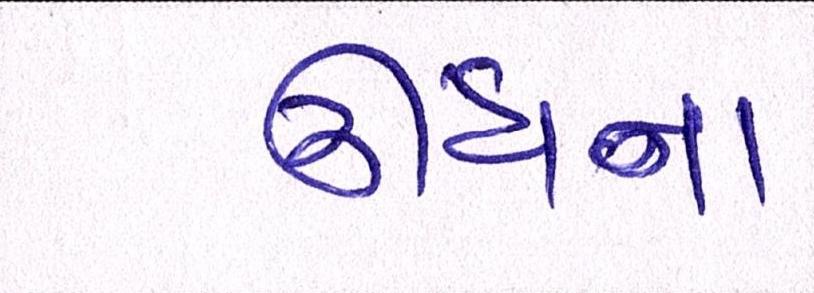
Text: ઊંઘના